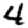
Digit: 4